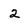
Character: 2